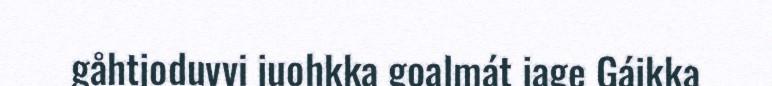
gåhtjoduvvi juohkka goalmát jage Gájkka